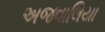
અજવાલિયા